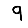
Digit: 9